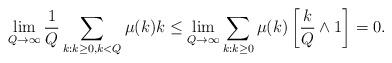
LaTeX: \begin{align*}\lim\limits _{Q \to \infty}\frac 1Q \sum\limits _{k: k \geq0, k < Q}\mu (k) k \leq \lim\limits _{Q \to \infty}\sum\limits _{k: k \geq0}\mu (k) \left[\frac k Q \wedge 1\right]= 0.\end{align*}